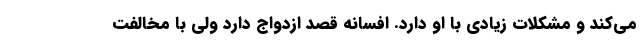
می‌کند و مشکلات زیادی با او دارد. افسانه قصد ازدواج دارد ولی با مخالفت